Leningradi_Edasi_toimetus, lk 6
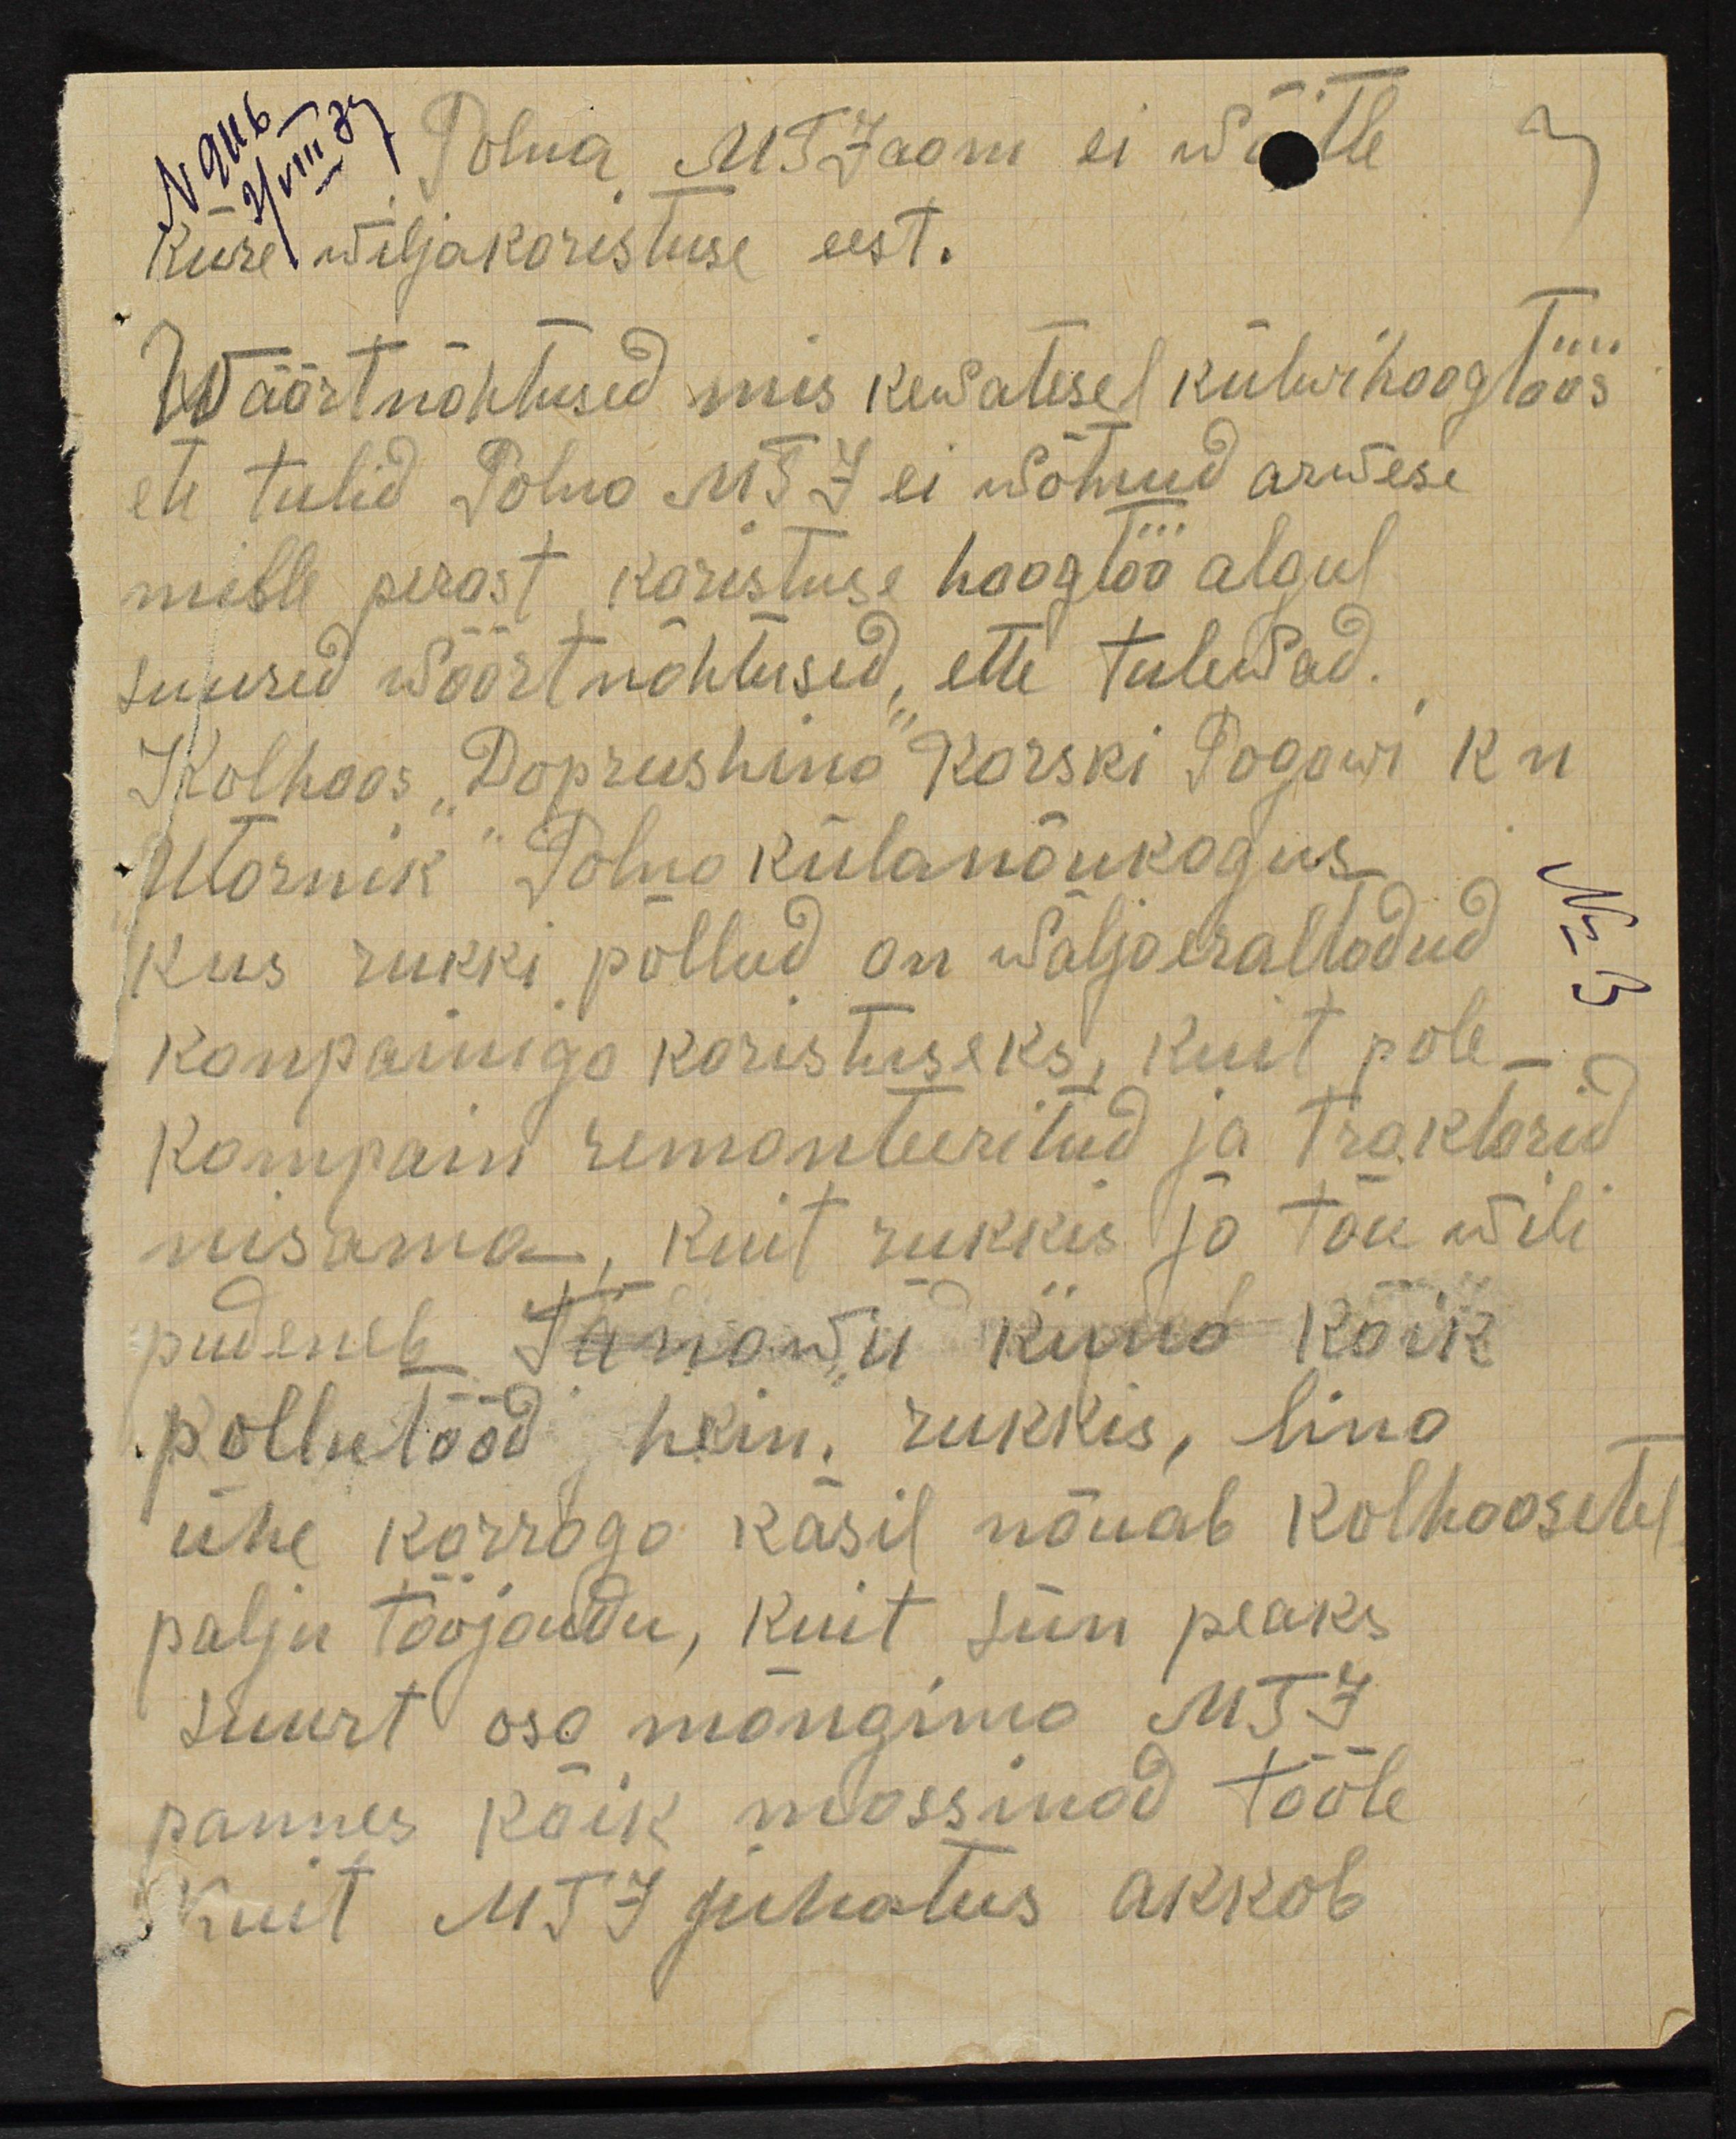
Polna MTJaam ei wõitle
kiire wiljakoristuse eest.
Wäärtnähtused mis kewatesel külwihoogtöös
ete tulid Polno MTJ ei wõtnud arwese
mille perast koristuse hoogtöö algul
suured wöörtnähtused, ette tulewad.
Kolhoos "Doprushino" Korski Pogowi kn
Utornik" Роlna külanõukogus
kus rukki põllud on wälja eraltadud.
No 3
kompainiga koristuseks, kust pole
kompain remonteeritud ja traktorid
nisama, kuit rukkis jo tõu wili
pudeneb Tänawu kuud kõik
põllutööd hein, rukkus, lina
ühe korrogo käsil nõuab kolhoosetel
palju tööjoudu, kuit siin peaks
Suurt osa mängima MTJ
pannes kõik massinad tööle
Kuit MTJ juhatus akkab